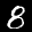
Digit: 8